Lunatic asylums Bombay report 1878-1890 - 1878-1890
Year: 1878
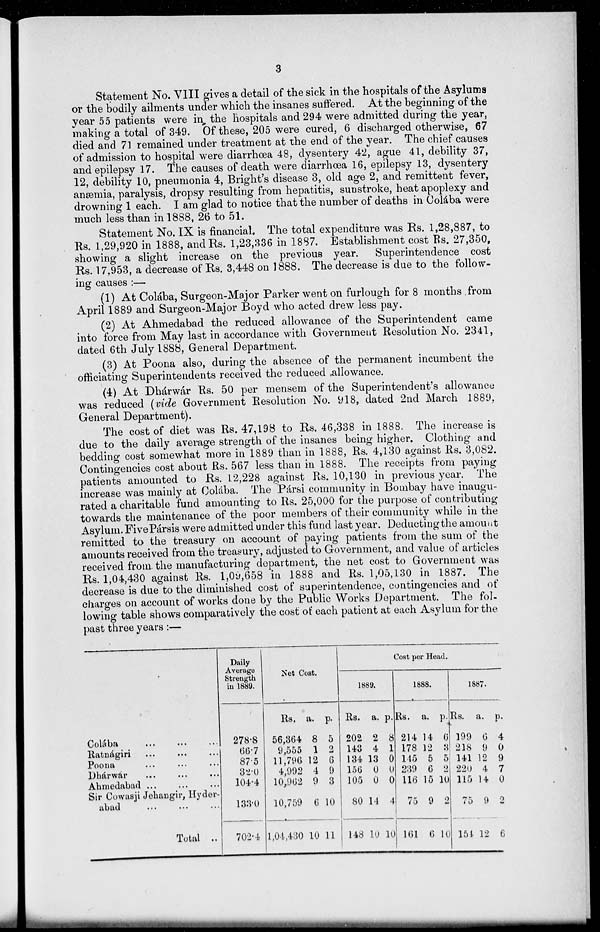
3
Statement No, VIII gives a detail of the sick in the hospitals of the Asylums
or the bodily ailments under which the insanes suffered. At the beginning of the
year 55 patients were in the hospitals and 294 were admitted during the year,
making a total of 349. Of these, 205 were cured, 6 discharged otherwise, 67
died and 71 remained under treatment at the end of the year. The chief causes
of admission to hospital were diarrhœa 48, dysentery 42, ague 41, debility 37,
and epilepsy 17. The causes of death were diarrhœa 16, epilepsy 13, dysentery
12, debility 10, pneumonia 4, Bright's disease 3, old age 2, and remittent fever,
anæmia, paralysis, dropsy resulting from hepatitis, Sunstroke, heat apoplexy and
drowning 1 each. I am glad to notice that the number of deaths in Colába were
much less than in 1888, 26 to 51.
Statement No. IX is financial. The total expenditure was Rs. 1,28,887, to
Rs. 1,29,920 in 1888, and Rs. 1,23,336 in 1887. Establishment cost Rs. 27,350,
showing a slight increase on the previous year.
Superintendence cost
Rs. 17,953, a decrease of Rs. 3,448 on 1888. The decrease is due to the follow-
ing causes :—
(1) At Colába, Surgeon-Major Parker went on furlough for 8 months from
April 1889 and Surgeon-Major Boyd who acted drew less pay.
(2) At Ahmedabad the reduced allowance of the Superintendent came
into force from May last in accordance with Government Resolution No. 2341,
dated 6th July 1888, General Department.
(3) At Poona also, during the absence of the permanent incumbent the
officiating Superintendents received the reduced allowance.
(4) At Dhdáwár Rs. 50 per mensem of the Superintendent's allowance
was reduced (vide Government Resolution No. 918, dated 2nd March 1889,
General Department).
The cost of diet was Rs. 47,198 to Rs. 46,338 in 1888. The increase is
due to the daily average strength of the insanes being higher. Clothing and
bedding cost somewhat more in 1889 than in 1888, Rs. 4,130 against Rs. 3,082.
Contingencies cost about Rs. 567 less than in 1888. The receipts from paying
patients amounted to Rs. 12,228 against Rs. 10,130 in previous year. The
increase was mainly at Colába. The Pársi community in Bombay have inaugu-
rated a charitable fund amounting to Rs. 25,000 for the purpose of contributing
towards the maintenance of the poor members of their community while in the
Asylum. Five Pársis were admitted under this fund last year. Deducting the amount
remitted to the treasury on account of paying patients from the sum of the
amounts received from the treasury, adjusted to Government, and value of articles
received from, the manufacturing department, the net cost to Government was
Rs. 1,04,430 against Rs. 1,09,658 in 1888 and Rs. 1,05,130 in 1887. The
decrease is due to the diminished cost of superintendence, contingencies and of
charges on account of works done by the Public Works Department. The fol-
lowing table shows comparatively the cost of each patient at each Asylum for the
past three years :—
Colába
...
...
...
Ratnágiri
...
...
...
Poona ... ... ...
Dhárwar ... ... ...
Ahmedabad
...
...
...
Sir Cowasji Jehangir, Hyder-
abad ... ... ...
Total ..
Daily
Average
Strength
in 1889.
278.8
66.7
87.5
32.0
104.4
133.0
702.4
Net Cost.
Rs.
56,364
9,555
11,796
4,992
10,962
10,759
1,04,430
a.
8
1
12
4
9
6
10
p.
5
2
6
9
3
10
11
Cost per Head.
1889.
Rs.
202
143
134
156
105
80
148
a.
2
4
13
0
0
14
10
p.
8
1
0
0
0
4
10
1888.
Rs.
214
178
145
239
116
75
161
a.
14
12
5
6
15
9
6
p.
6
3
5
2
10
2
10
1887.
Rs.
199
218
141
220
115
75
154
a.
6
9
12
4
14
9
12
p.
4
0
9
7
0
2
6